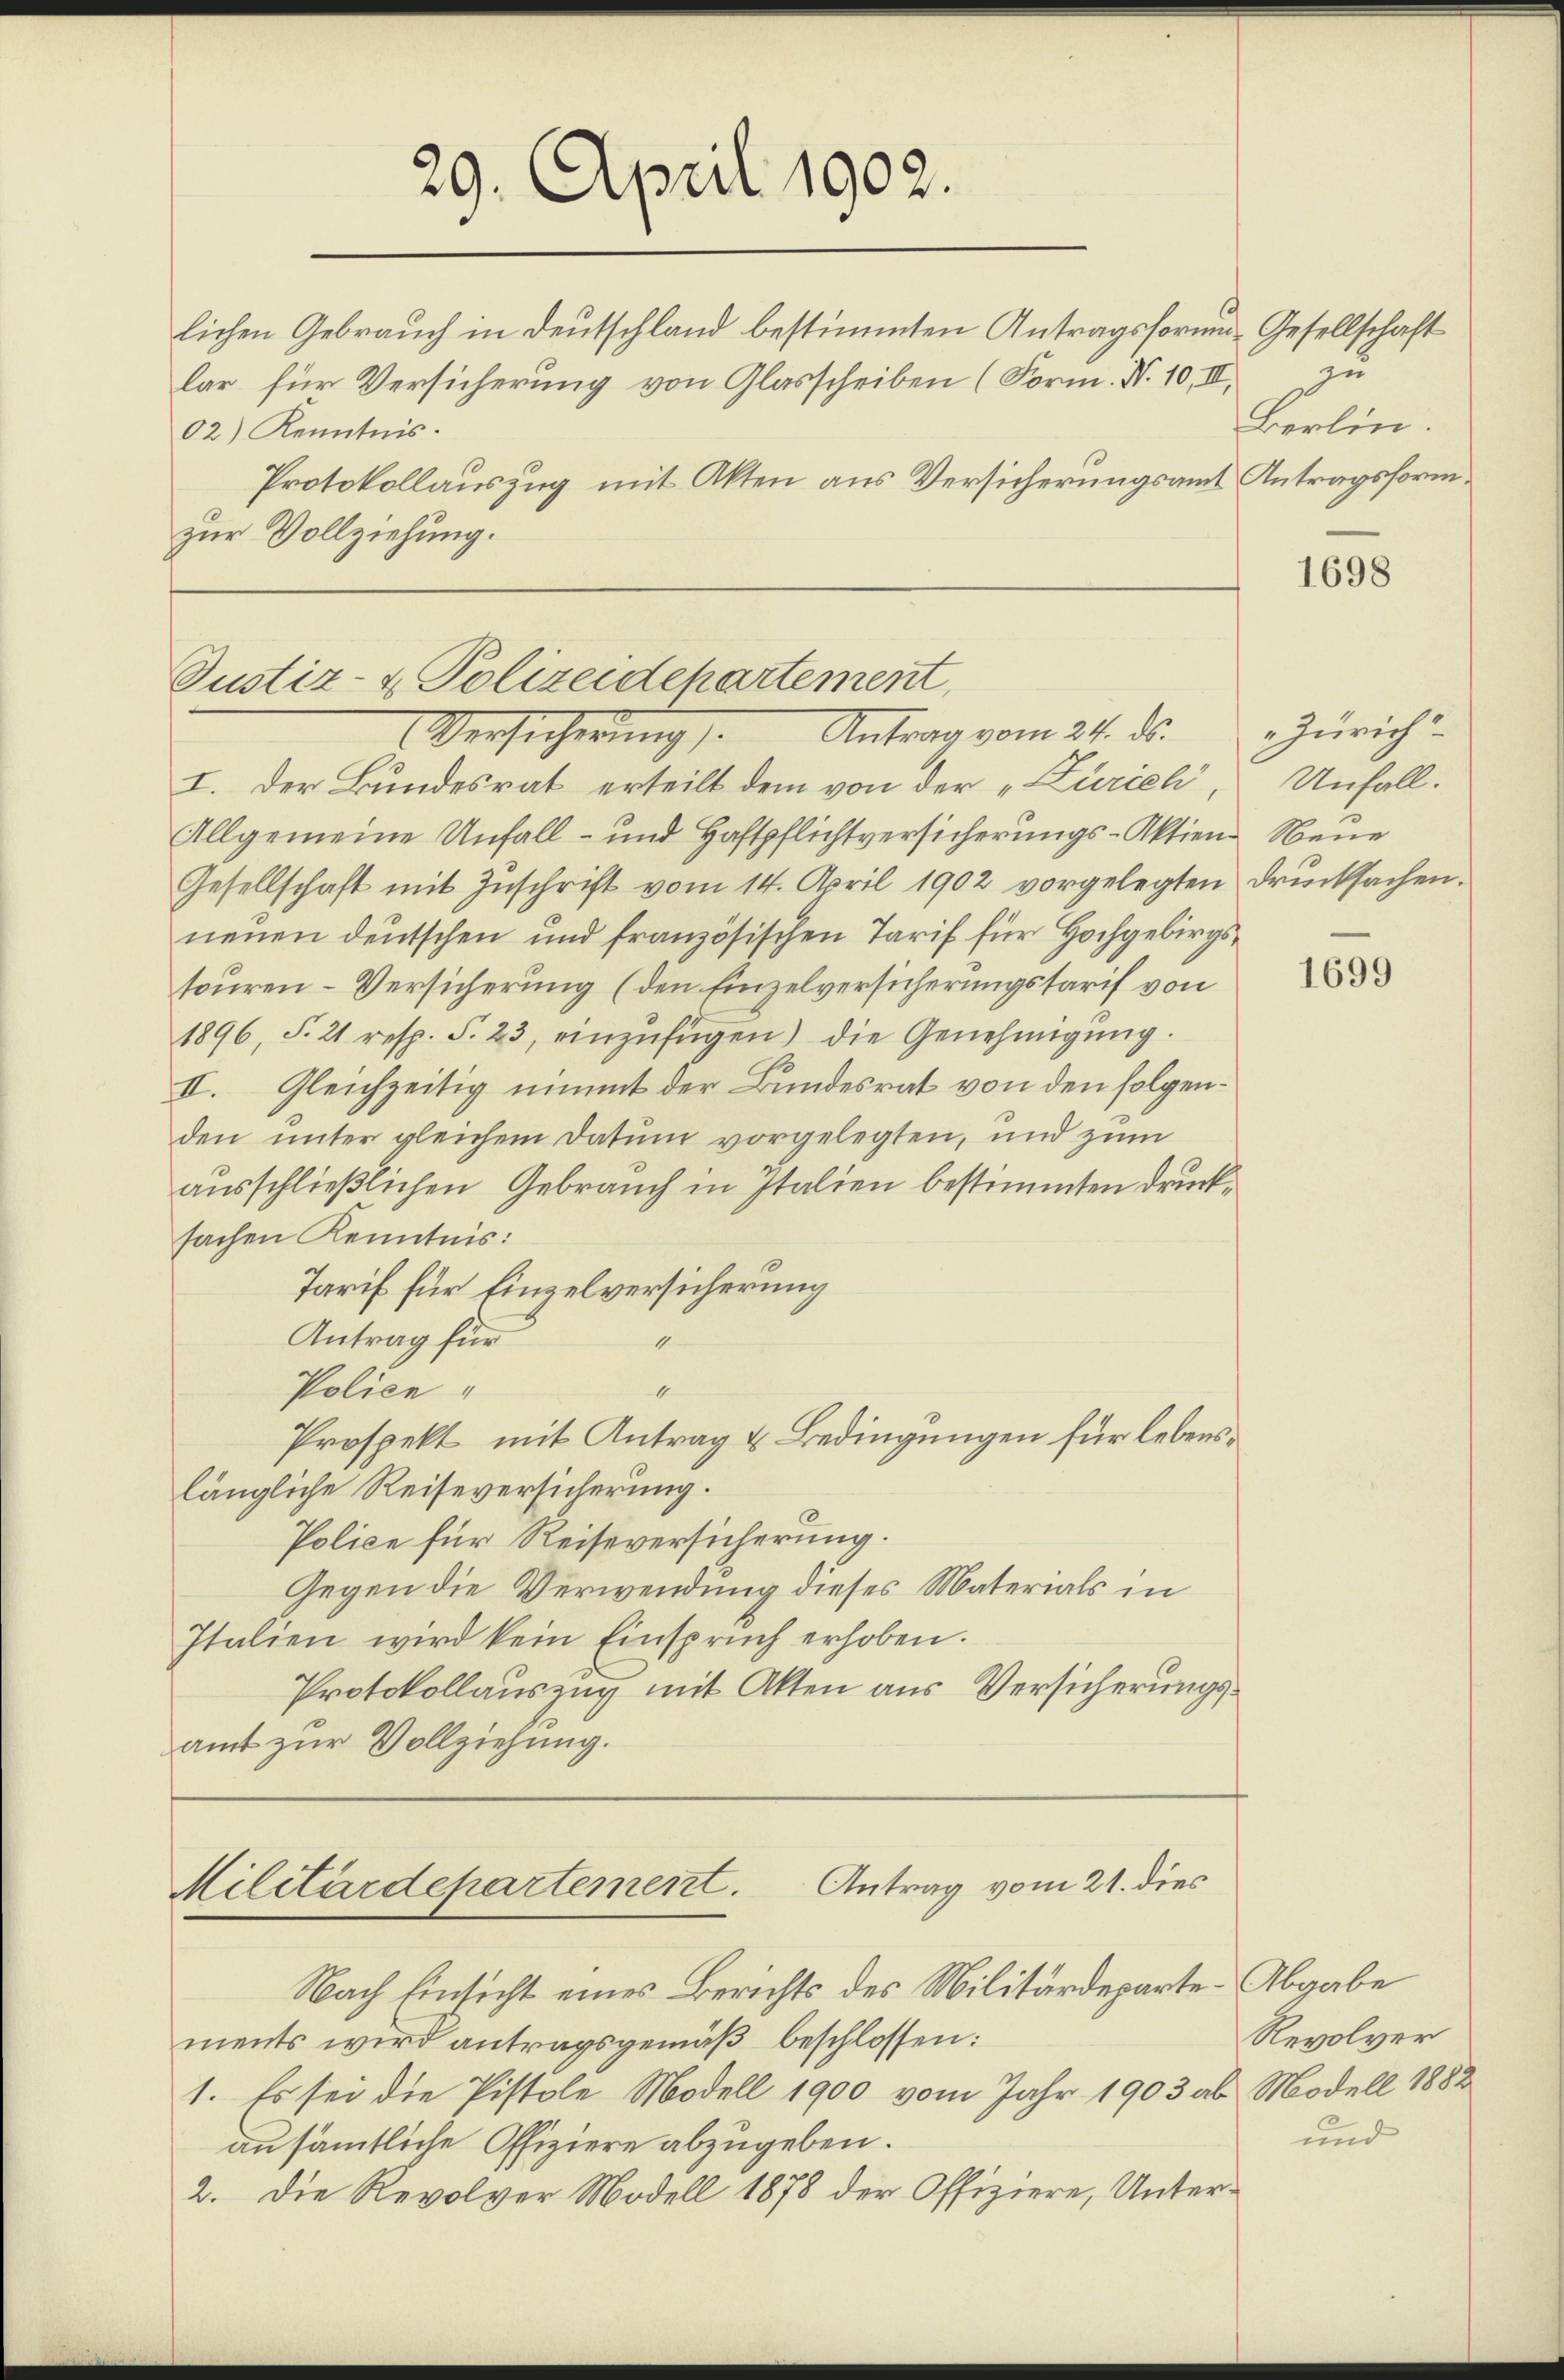
lichen Gebrauch in Deutschland bestimmten Antragsformen-Gesellschaft
lar für Versicherung von Glasscheiben (Form. N. 10, III.
02) Kenntnis.

29. April 1902.

Protokollauszug mit Akten aus Versicherungsamt Antragsformzur Vollziehung.

Justiz- & Polizeidepartement,
Antrag vom 24. ds.
Versicherung

I. Der Bundesrat erteilt dem von der „Kurieli,
Allgemeine Unfall- und Haftpflichtversicherungs-Aktien Neue
Gesellschaft mit Zŭschrift vom 14. April 1902 vorgelegten Drucksachen.
neŭen deutschen und französischen Tarif für Hochgebirgssouren-Versicherung (den Einzelversicherungstarif von
1896, §. 21 resp. S. 23, einzŭfügen) die Genehmigŭng.
II. Gleichzeitig nimmt der Bundesrat von den folgenden unter gleichem Datum vorgelegten, und zum
ausschließlichen Gebrauch in Italien bestimmten Drucksachen Kenntnis:
Tarif für Einzelversicherung
Antrag für
4
Police
4
Prospekt mit Antrag & Bedingungen für lebenslängliche Reiseversicherung.
Police für Reiseversicherung.
Gegen die Verwendung dieses Materials in
Italien wird kein Einsprŭch erhoben.
Protokollauszug mit Akten aus Versicherungsamt zur Vollziehung.

Militärdepartement. Antrag vom 21. dies

Nach Einsicht eines Berichts des Militärdeparte Abgabe
ments wird antragsgemäß beschlossen:
1. Es sei die Pistole Modell 1900 vom Jahr 1903 ab Modell 1882
an sämmtliche Offiziere abzugeben.
2. Die Revolver Modell 1878 der Offiziere, Unter¬

zu
Berlin.

1698

Zürich
Unfall.

1699

Revolver
und